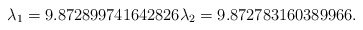
\begin{align*}\lambda_1=9.872899741642826 \lambda_2=9.872783160389966.\end{align*}